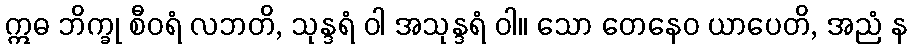
ဣဓ ဘိက္ခု စီဝရံ လဘတိ, သုန္ဒရံ ဝါ အသုန္ဒရံ ဝါ။ သော တေနေဝ ယာပေတိ, အညံ န